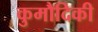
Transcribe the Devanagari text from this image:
कुमौदिकी